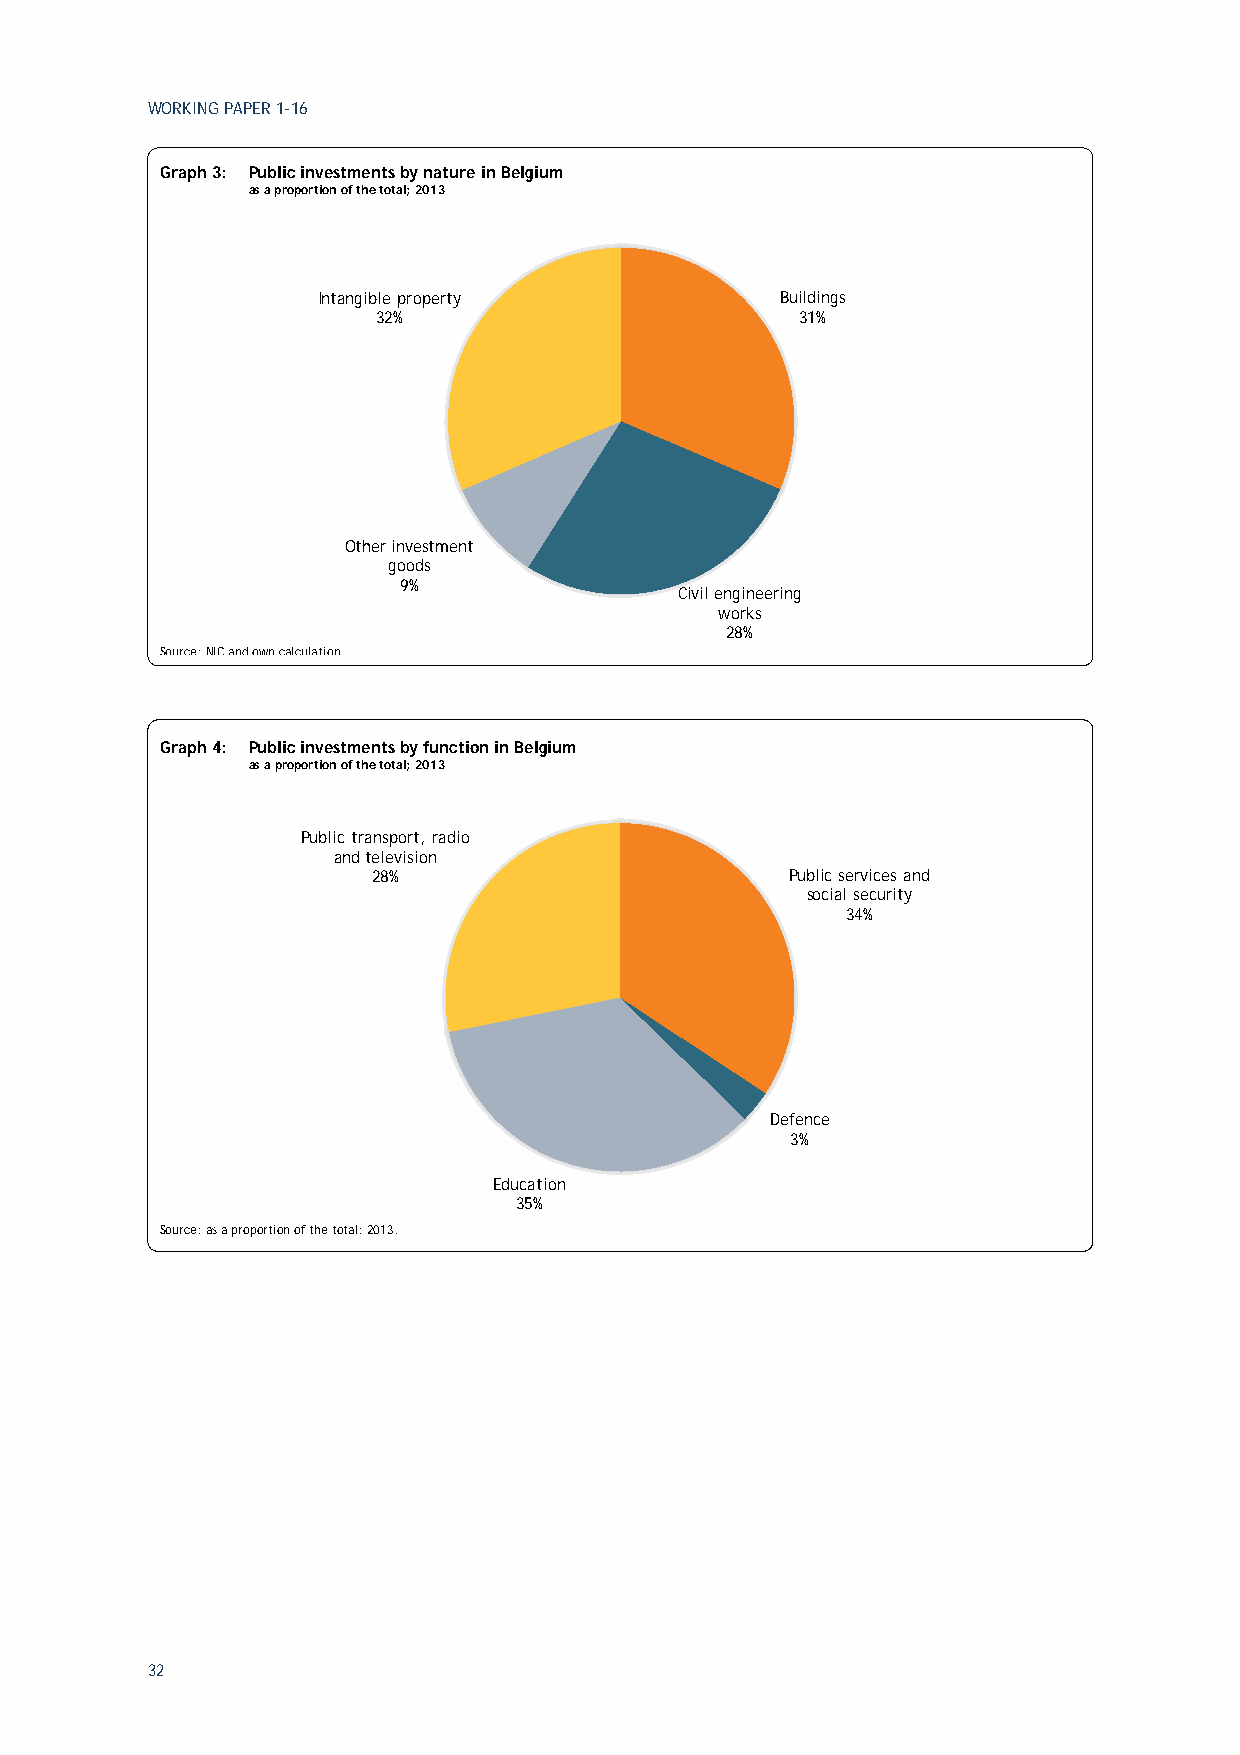
WORKING PAPER 1-16
 Graph 3: Public investments by nature in Belgium
 as a proportion of the total; 2013
 Intangible property            Buildings
 32%                         31%
 Other investment
 goods
 9%
 Civil engineering
 works
 28%
 Source: NIC and own calculation.
 Graph 4: Public investments by function in Belgium
 as a proportion of the total; 2013
 Public transport, radio
 and television
 28%                        Public services and
 social security
 34%
 Defence
 3%
 Education
 35%
 Source: as a proportion of the total; 2013.
 32